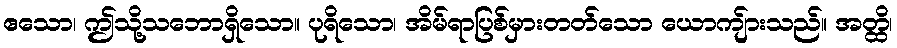
ဧသော၊ ဤသို့သဘောရှိသော။ ပုရိသော၊ အိမ်ရာပြစ်မှားတတ်သော ယောကျ်ားသည်။ အတ္ထိ၊